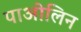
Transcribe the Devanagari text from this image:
पाओलिन